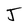
Character: J